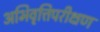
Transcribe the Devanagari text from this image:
अभिवृत्तिपरीक्षण